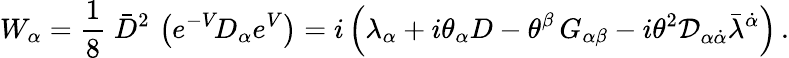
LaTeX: {W}_{\alpha}=\frac{1}{8}\; \bar{D}^{2}\, \left({e}^{-V}\! D_{\alpha}{e}^{V}\right)=i\left(\lambda_{\alpha}+i\theta_{\alpha}D-\theta^{\beta}\, G_{\alpha\beta}-i\theta^{2}{\cal D}_{\alpha\dot{\alpha}}\bar{\lambda}^{\dot{\alpha}}\right)\, .